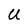
Character: U